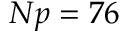
N p = 7 6